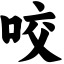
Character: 咬